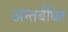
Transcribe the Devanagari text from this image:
अन्तर्बंधित